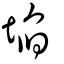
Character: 埳